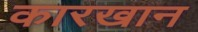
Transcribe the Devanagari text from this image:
कारखान